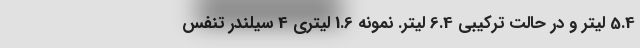
5.4 لیتر و در حالت ترکیبی 6.4 لیتر. نمونه 1.6 لیتری 4 سیلندر تنفس